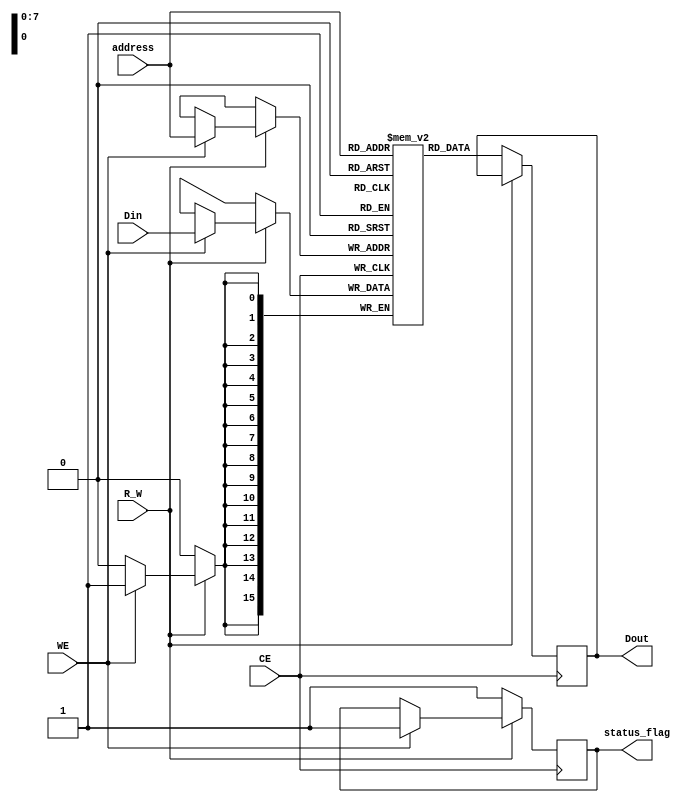
module FeRAM_IO_Block (
    input wire [7:0] address,     // Address bus (8-bit for example)
    input wire [15:0] Din,        // Data input (16-bit for example)
    input wire R_W,               // Read/Write control signal (0: Read, 1: Write)
    input wire CE,                // Chip Enable
    input wire WE,                // Write Enable
    output reg [15:0] Dout,       // Data output
    output reg status_flag        // Status flag for operation completion
);

    // Memory array (for this example, we'll just use a small array)
    reg [15:0] memory_array [255:0]; // 256 x 16-bit memory

    // Temporary register for holding incoming data
    reg [15:0] temp_data;

    always @(posedge CE) begin
        // Only operate when Chip Enable is active
        if (CE) begin
            if (R_W == 1'b1) begin // Write operation
                if (WE) begin
                    memory_array[address] <= Din; // Write data to memory
                    status_flag <= 1'b1; // Set status flag to indicate operation completed
                end
            end else begin // Read operation
                Dout <= memory_array[address]; // Read data from memory
                status_flag <= 1'b1; // Set status flag to indicate operation completed
            end
        end else begin
            status_flag <= 1'b0; // Reset status flag when not enabled
        end
    end

endmodule